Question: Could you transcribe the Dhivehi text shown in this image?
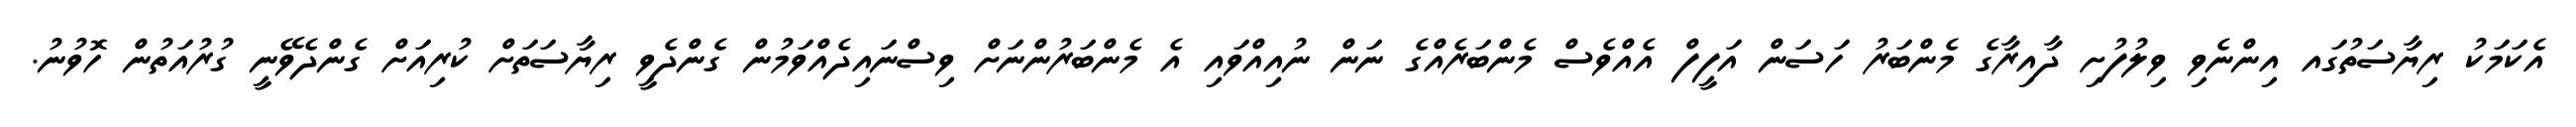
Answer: އެކަމަކު ރިޔާސަތުގައ އިންނެވި ވިލުފުށި ދާއިރާގެ މެންބަރު ހަސަން އަފީފް އެއްވެސް މެންބަރެއްގެ ނަން ނުއިއްވައި އެ މެންބަރުންނަށް ވިސްނައިދެއްވަމުން ގެންދެވީ ރިޔާސަތަށް ކުރިއަށް ގެންދެވޭނީ ގުރުއަތުން ހޮވުނު.